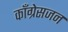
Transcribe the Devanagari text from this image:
काँग्रेसजन